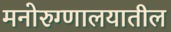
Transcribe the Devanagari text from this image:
मनोरुग्णालयातील